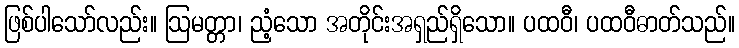
ဖြစ်ပါသော်လည်း။ ဩမတ္တာ၊ ညံ့သော အတိုင်းအရှည်ရှိသော။ ပထဝီ၊ ပထဝီဓာတ်သည်။